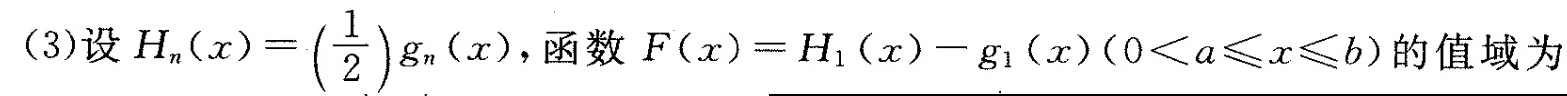
(3)设$$H _ { n } ( x ) = \left ( \frac { 1 } { 2 } \right ) g _ { n } ( x )$$，函数$$F ( x ) = H _ { 1 } ( x ) - g _ { 1 } ( x )$$($$0 < a ≤ x ≤ b$$)的值域为